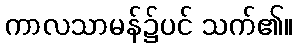
ကာလသာမန်၌ပင် သက်၏။